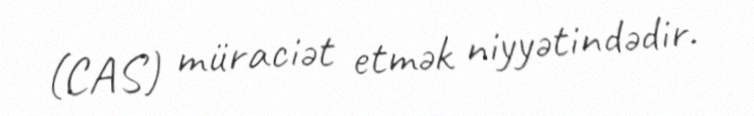
(CAS) müraciət etmək niyyətindədir.